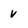
Character: v